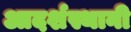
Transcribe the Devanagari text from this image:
आदर्शस्थानी